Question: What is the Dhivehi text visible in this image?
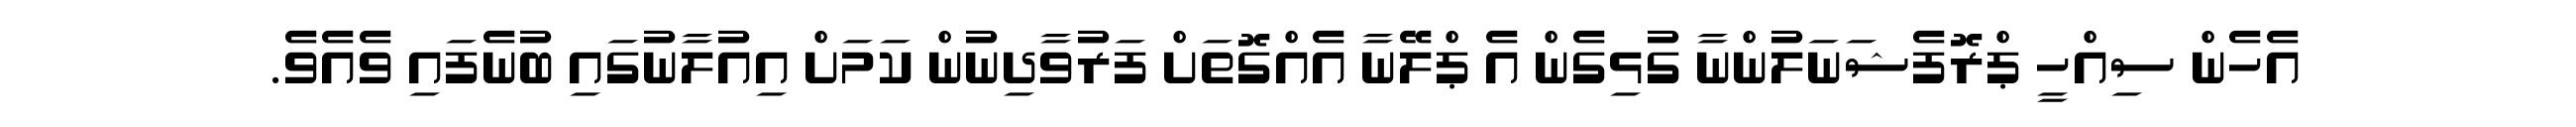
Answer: އެހެން ސިއްހީ ޕްރޮފެޝަނަލުންނާ ގުޅިގެން އެ ޕްލޭނާ އެއްގޮތަށް ފަރުވާދިނުން ކަމަށް އިއުލާނުގައި ބުނެފައި ވެއެވެ.